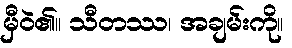
မှီဝဲ၏။ သီတဿ၊ အချမ်းကို။